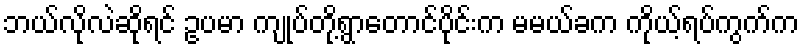
ဘယ်လိုလဲဆိုရင် ဥပမာ ကျုပ်တို့ရွာတောင်ပိုင်းက မမယ်ခက ကိုယ့်ရပ်ကွက်က